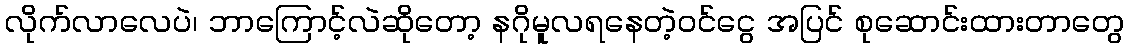
လိုက်လာလေပဲ၊ ဘာကြောင့်လဲဆိုတော့ နဂိုမူလရနေတဲ့ဝင်ငွေ အပြင် စုဆောင်းထားတာတွေ